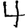
Digit: 4